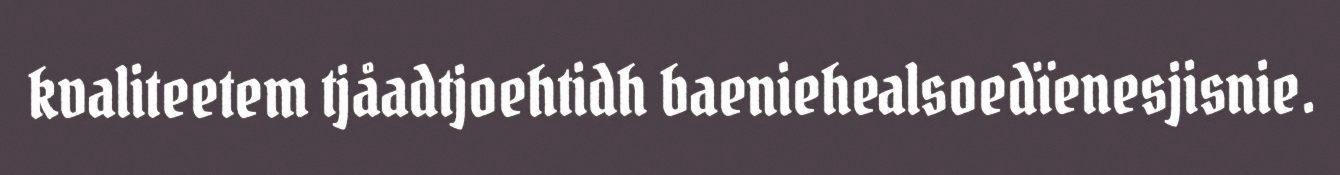
kvaliteetem tjåadtjoehtidh baeniehealsoedïenesjisnie.